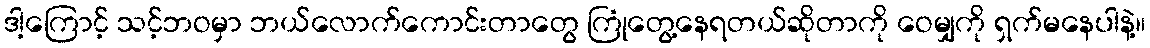
ဒါ့ကြောင့် သင့်ဘဝမှာ ဘယ်လောက်ကောင်းတာတွေ ကြုံတွေ့နေရတယ်ဆိုတာကို ဝေမျှကို ရှက်မနေပါနဲ့။